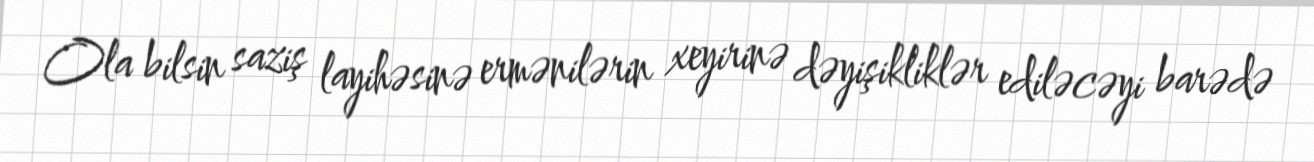
Ola bilsin saziş layihəsinə ermənilərin xeyirinə dəyişikliklər ediləcəyi barədə